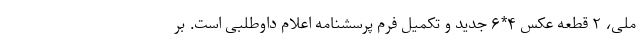
ملی، ۲ قطعه عکس ۴*۶ جدید و تکمیل فرم پرسشنامه اعلام داوطلبی است. بر